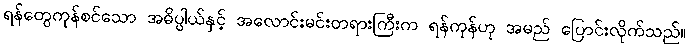
ရန်တွေကုန်စင်သော အဓိပ္ပါယ်နှင့် အလောင်းမင်းတရားကြီးက ရန်ကုန်ဟု အမည် ပြောင်းလိုက်သည်။